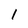
Character: 1